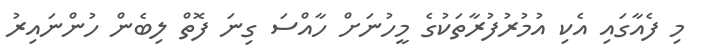
މި ފެއާގައި އެކި އުމުރުފުރާތަކުގެ މީހުނަށް ހާއްސަ ގިނަ ފޮތް ލިބެން ހުންނައިރު